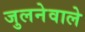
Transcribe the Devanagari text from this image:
जुलनेवाले